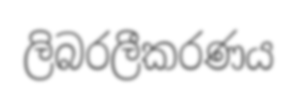
ලිබරලීකරණය